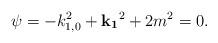
LaTeX: \begin{align*}\psi=-k_{1,0}^2+{\bf k_1}^2+2m^2=0.\end{align*}